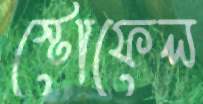
স্টোফেল